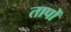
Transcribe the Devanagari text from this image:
तापोँ